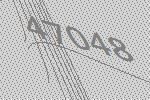
47048